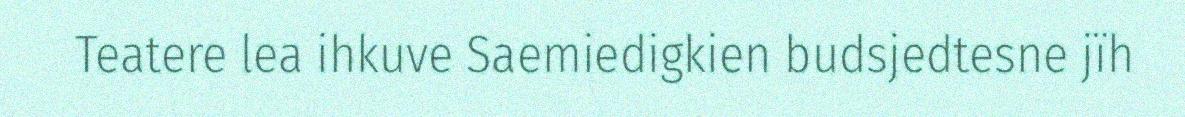
Teatere lea ihkuve Saemiedigkien budsjedtesne jïh